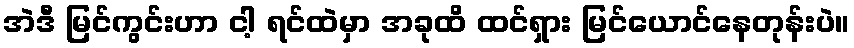
အဲဒီ မြင်ကွင်းဟာ ငါ့ ရင်ထဲမှာ အခုထိ ထင်ရှား မြင်ယောင်နေတုန်းပဲ။